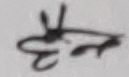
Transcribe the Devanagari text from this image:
३१